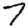
Digit: 7